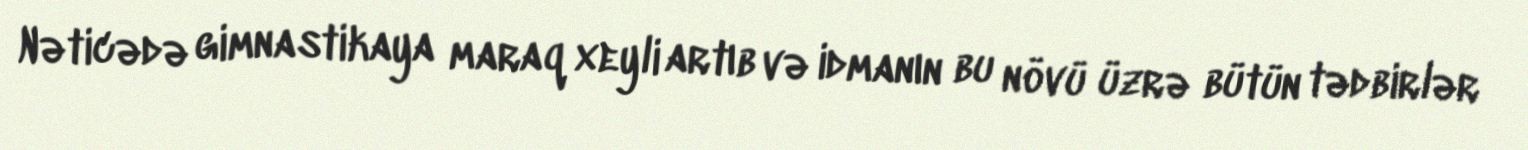
Nəticədə gimnastikaya maraq xeyli artıb və idmanın bu növü üzrə bütün tədbirlər